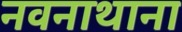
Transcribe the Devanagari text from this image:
नवनाथाना